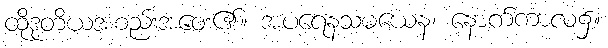
ထိုဒုတိယအစည်းအဝေး၏။ အပရေနသမယေန၊ နောက်ကာလ၌။